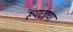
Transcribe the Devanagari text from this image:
रूपछाया